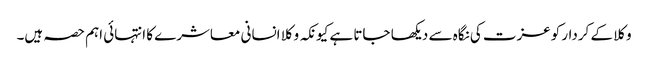
وکلا کے کردار کوعزت کی نگاہ سے دیکھا جاتا ہے کیونکہ وکلا انسانی معاشرے کا انتہائی اہم حصہ ہیں۔